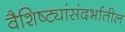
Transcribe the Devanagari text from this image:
वैशिष्ट्यांसंदर्भातील